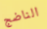
الناضج